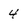
Character: 4